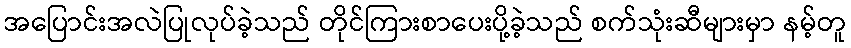
အပြောင်းအလဲပြုလုပ်ခဲ့သည် တိုင်ကြားစာပေးပို့ခဲ့သည် စက်သုံးဆီများမှာ နမ့်တူ